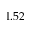
1 . 5 2